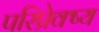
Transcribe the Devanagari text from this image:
परिप्रेक्ष्‍य